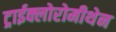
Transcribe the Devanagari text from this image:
ट्राईक्लोरोमीथेन